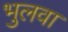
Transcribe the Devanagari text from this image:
भुलवा